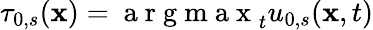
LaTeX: \tau_{0,s}(\mathbf{x})=\mathrm{~a~r~g~m~a~x~}_{t}u_{0,s}(\mathbf{x},t)